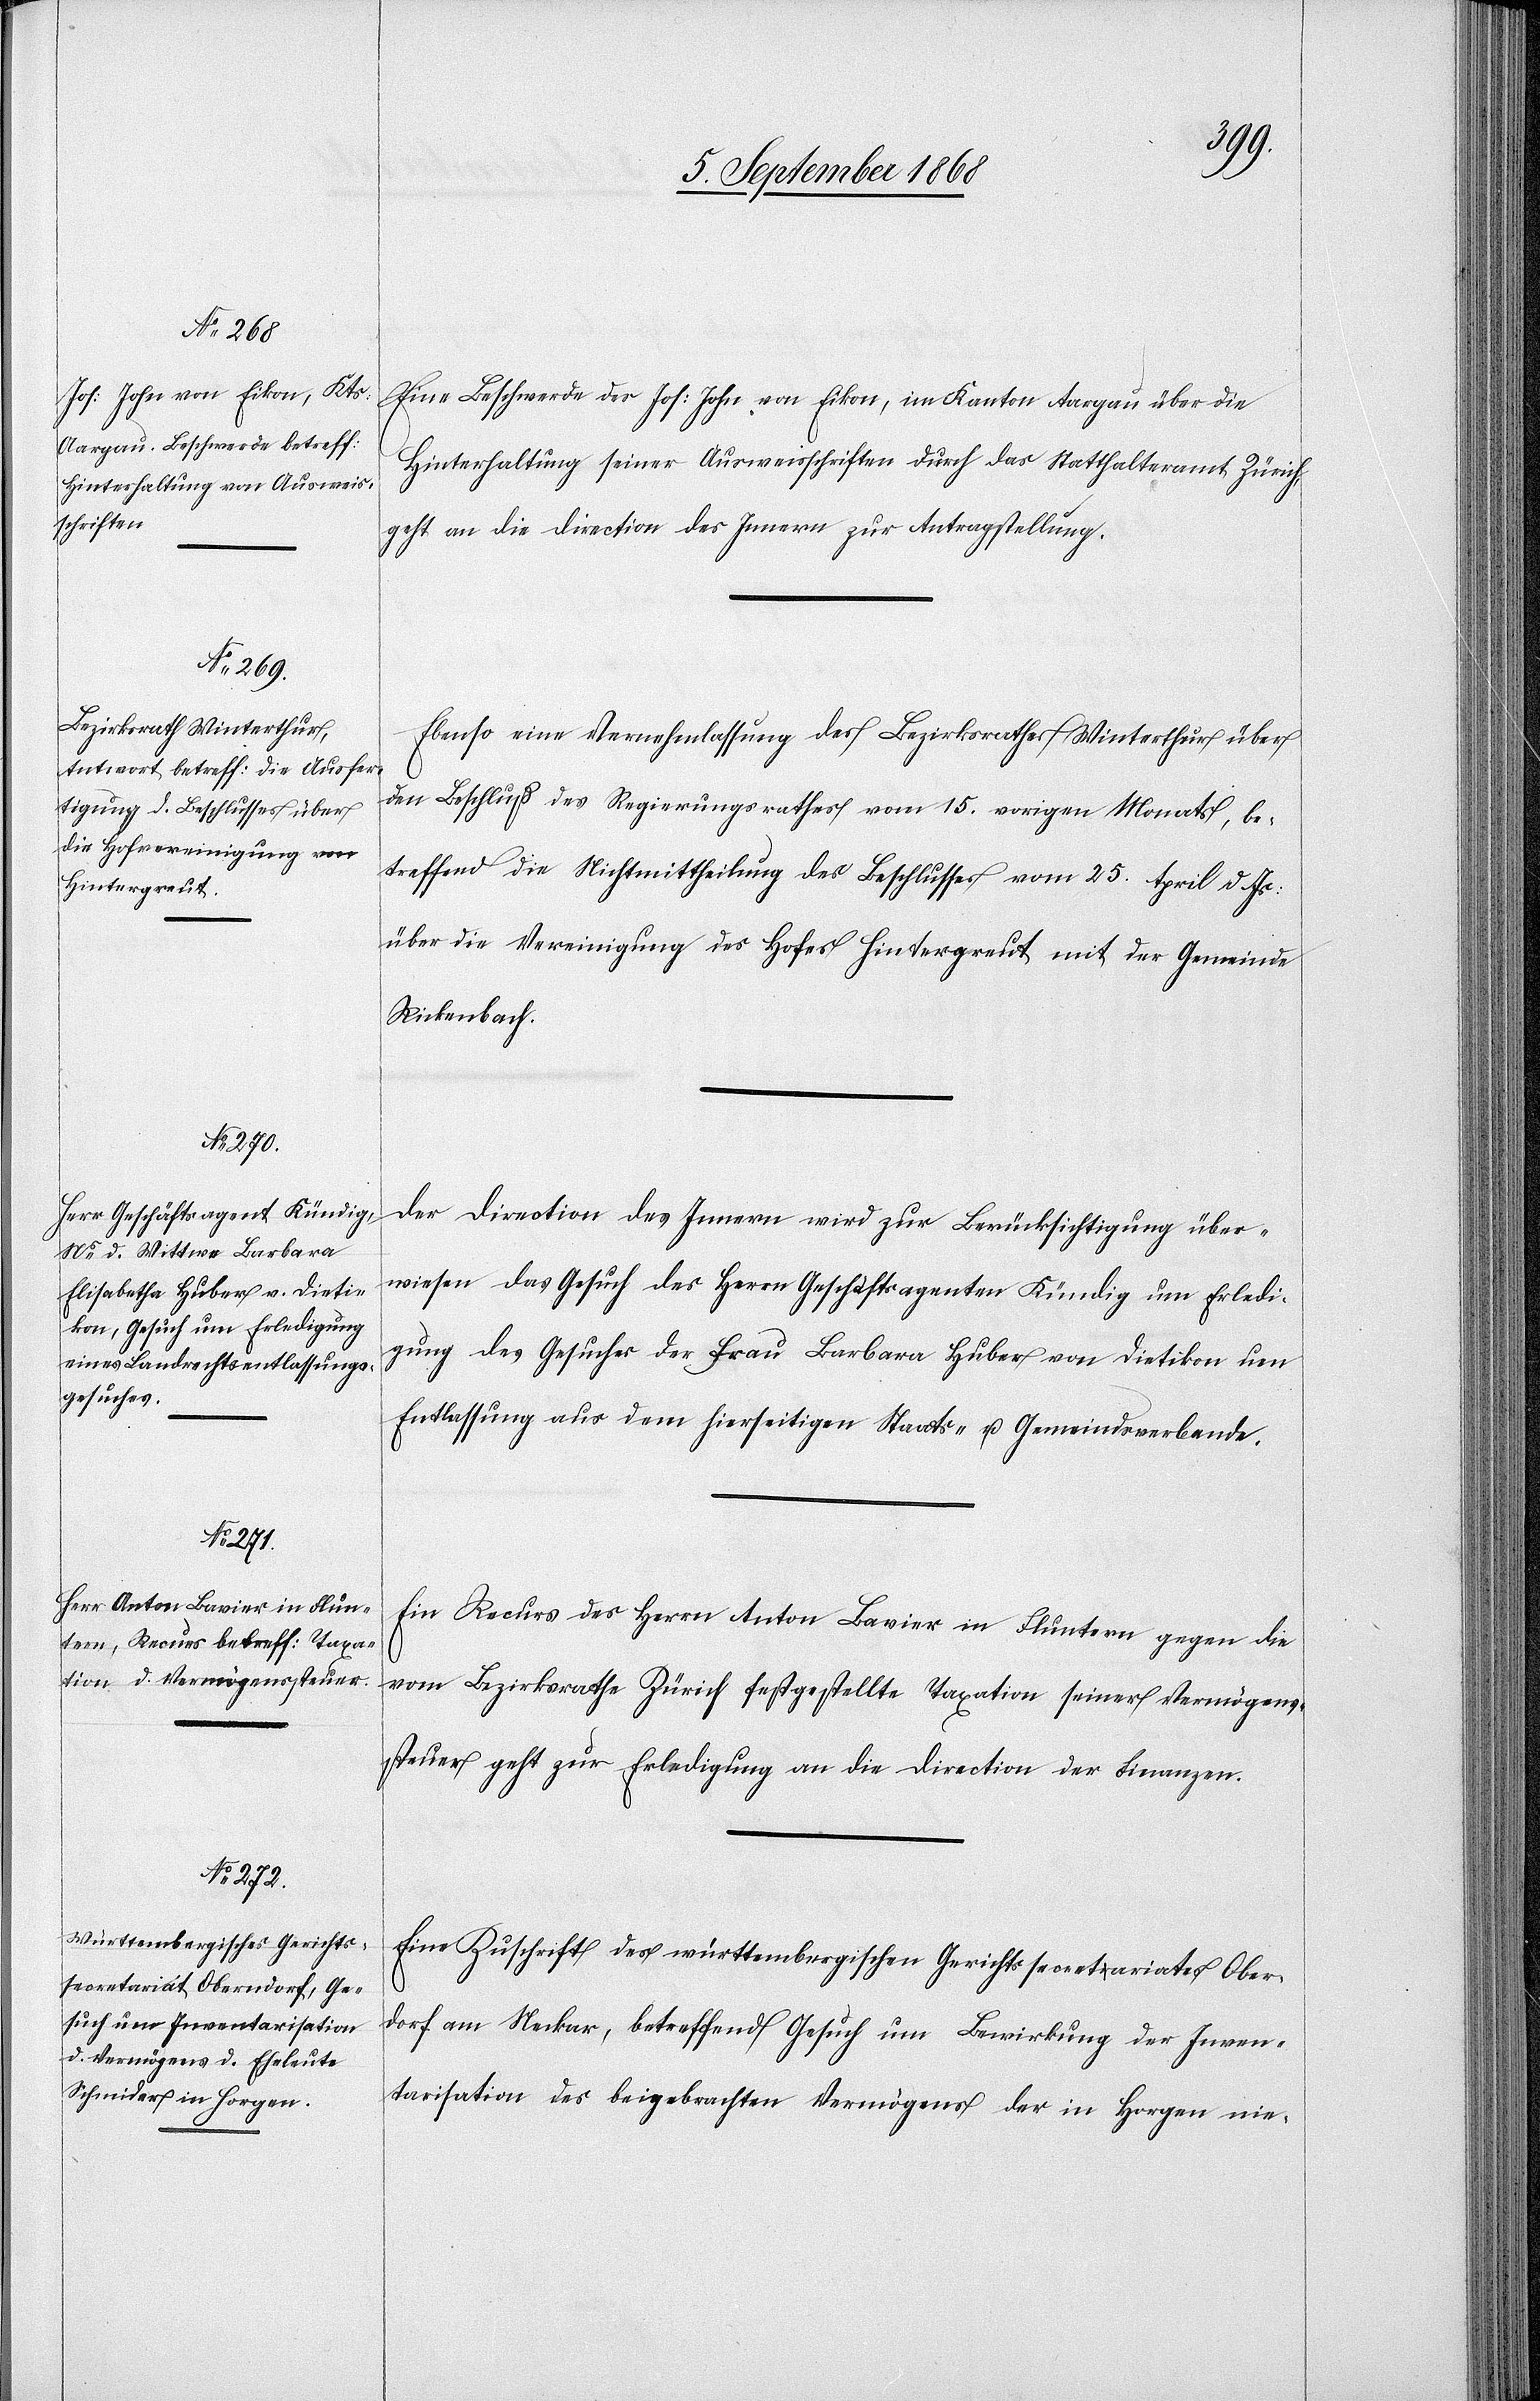
10. September 1868.]
Eine Beschwerde des Jos: John von Eikon, im Kanton Aargau über die
Hinterhaltung seiner Ausweisschriften durch das Statthalteramt Zürich,
geht an die Direction des Innern zur Antragstellung.
Ebenso eine Vernehmlassung des Bezirksrathes Winterthur über
den Beschluß des Regierungsrathes vom 15. vorigen Monats, be¬
treffend die Nichtmittheilung des Beschlusses vom 25. April d. Js:
über die Vereinigung des Hofes Hintergreut mit der Gemeinde
Rickenbach.
Der Direction des Innern wird zur Berücksichtigung über¬
wiesen das Gesuch des Herrn Geschäftsagenten Kündig um Erledi¬
gung des Gesuches der Frau Barbara Huber von Dietikon um
Entlassung aus dem hierseitigen Staats- u. Gemeindsverbande.
Ein Recurs des Herrn Anton Bavier in Fluntern gegen die
vom Bezirksrathe Zürich festgestellte Taxation seiner Vermögens¬
steuer geht zur Erledigung an die Direction der Finanzen.
Eine Zuschrift des württembergischen Gerichtssecretariates Obe¬
r[n]dorf am Neckar, betreffend Gesuch um Bewirkung der Inven¬
tarisation des beigebrachten Vermögens der in Horgen nie-